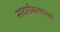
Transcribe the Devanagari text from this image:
सादारीकरणाच्या